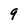
Character: 9